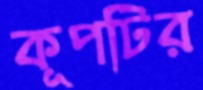
কূপটির